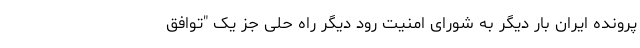
پرونده ایران بار دیگر به شورای امنیت رود دیگر راه حلی جز یک "توافق